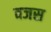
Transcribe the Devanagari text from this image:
वजस